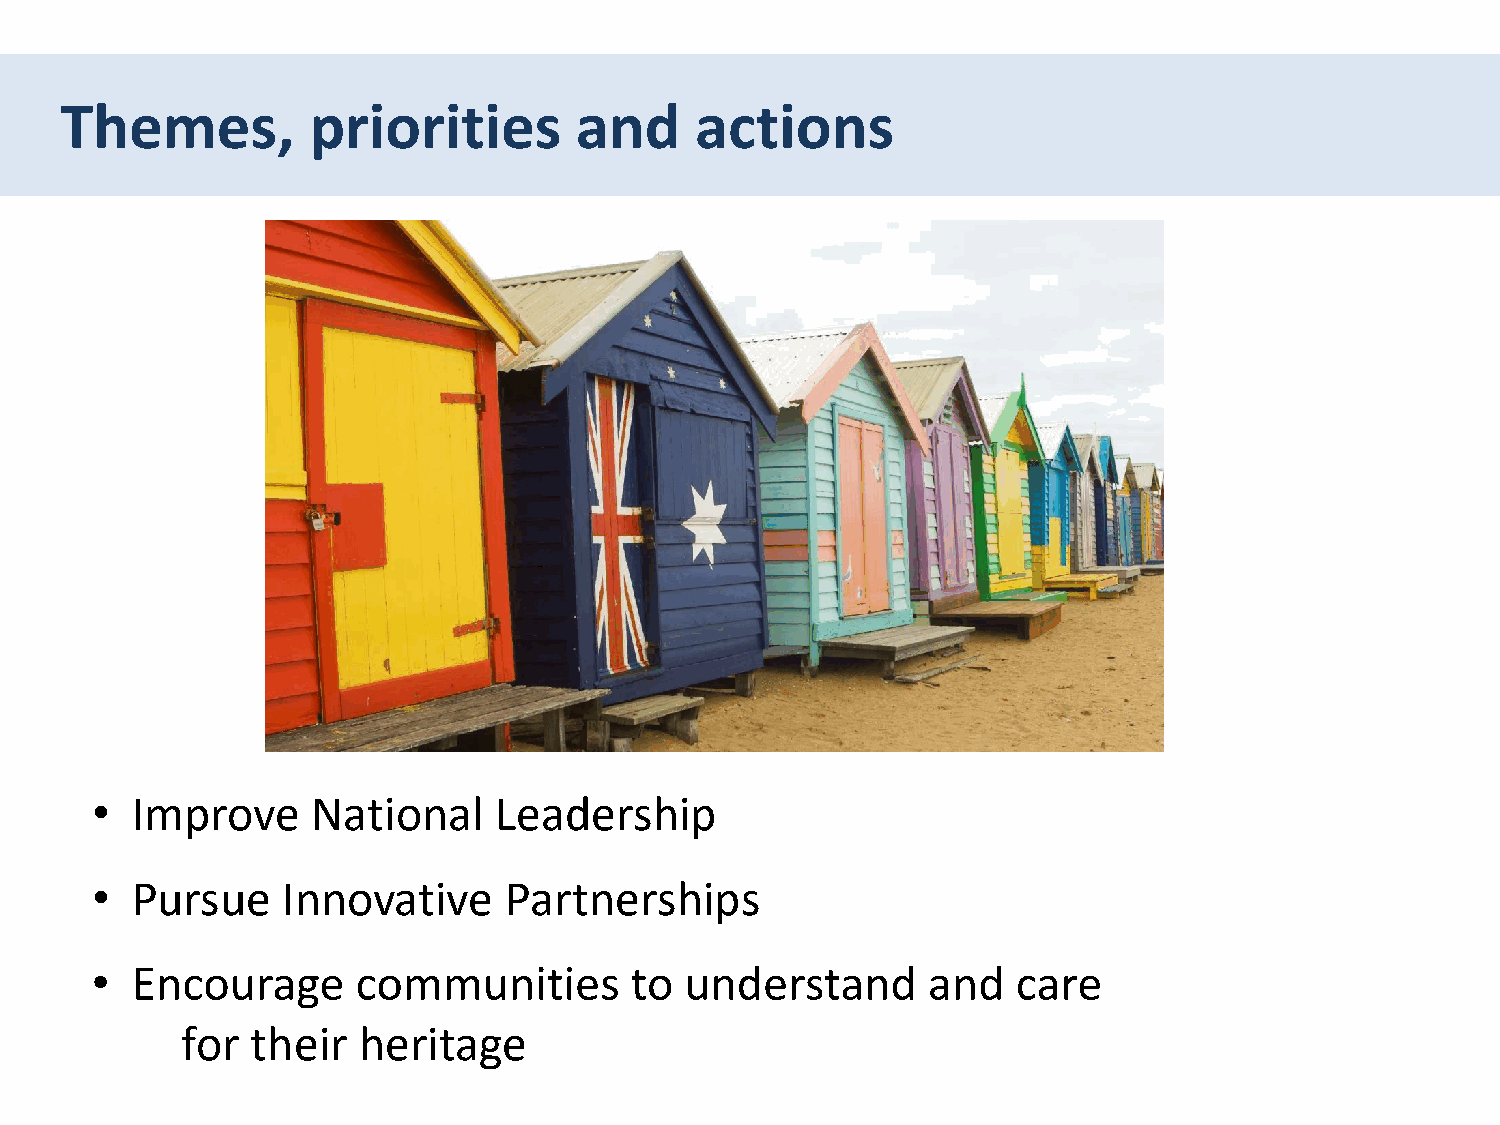
Themes,         priorities        and     actions
 Discussion                 –   Strategy             themes
 •  Improve     National    Leadership
 •  Pursue    Innovative    Partnerships
 •  Encourage      communities       to understand      and   care
 for  their  heritage